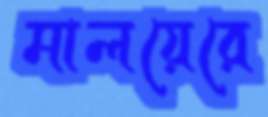
মালয়েরে